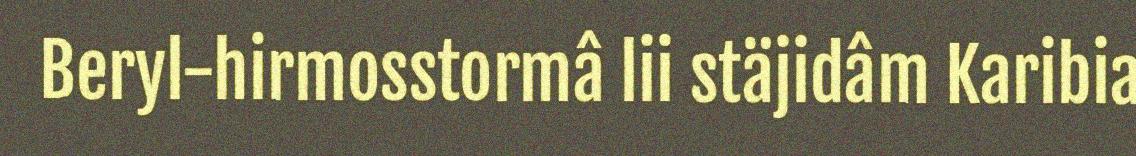
Beryl-hirmosstormâ lii stäjidâm Karibia